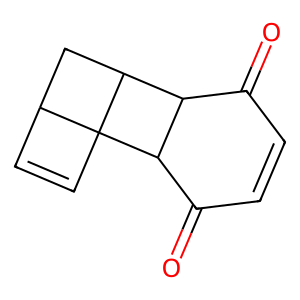
SMILES: O=C1C=CC(=O)C2C1C1CC3C=CC312
Inhibits HIV replication: No